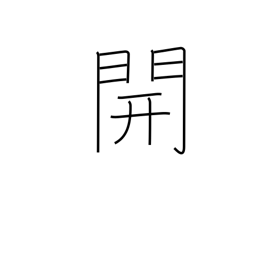
Meaning: open